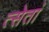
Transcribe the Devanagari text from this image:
त्सेतां